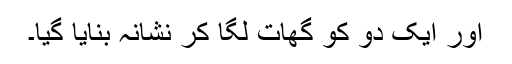
اور ایک دو کو گھات لگا کر نشانہ بنایا گیا۔